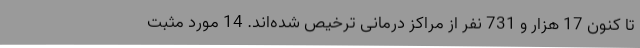
تا کنون 17 هزار و 731 نفر از مراکز درمانی ترخیص شده‌اند. 14 مورد مثبت